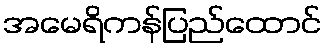
အမေရိကန်ပြည်ထောင်